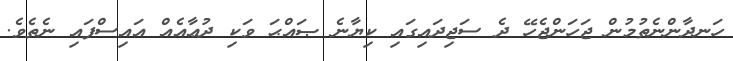
ހަނދާންނެތުމުން ޖަހަންޖެހޭ ދެ ސަޖިދައިގައި ކިޔާނެ ޞައްޙަ ވަކި ދުޢާއެއް އައިސްފައި ނެތެވެ.